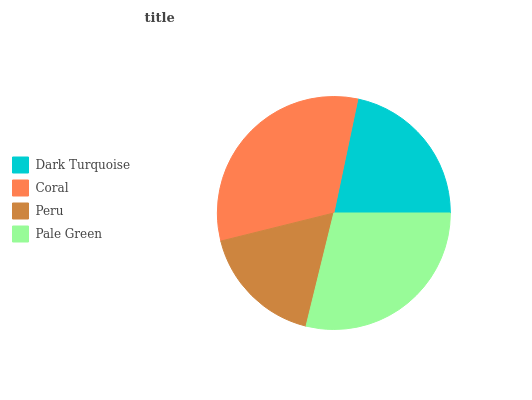
| Dark Turquoise | Coral | Peru | Pale Green |
 | --- | --- | --- | --- |
 | 21.7% | 32.2% | 17.4% | 28.8% |